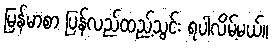
မြန်မာစာ ပြန်လည်ထည့်သွင်း ရပါလိမ့်မယ်။